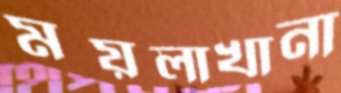
ময়লাখানা